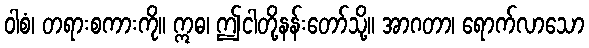
ဝါစံ၊ တရားစကားကို။ ဣဓ၊ ဤငါတို့နန်းတော်သို့။ အာဂတာ၊ ရောက်လာသော